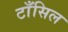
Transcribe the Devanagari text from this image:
टाँसिल